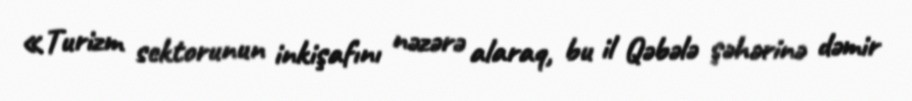
«Turizm sektorunun inkişafını nəzərə alaraq, bu il Qəbələ şəhərinə dəmir